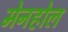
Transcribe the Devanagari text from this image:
मेनहोल